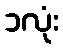
၁လုံး